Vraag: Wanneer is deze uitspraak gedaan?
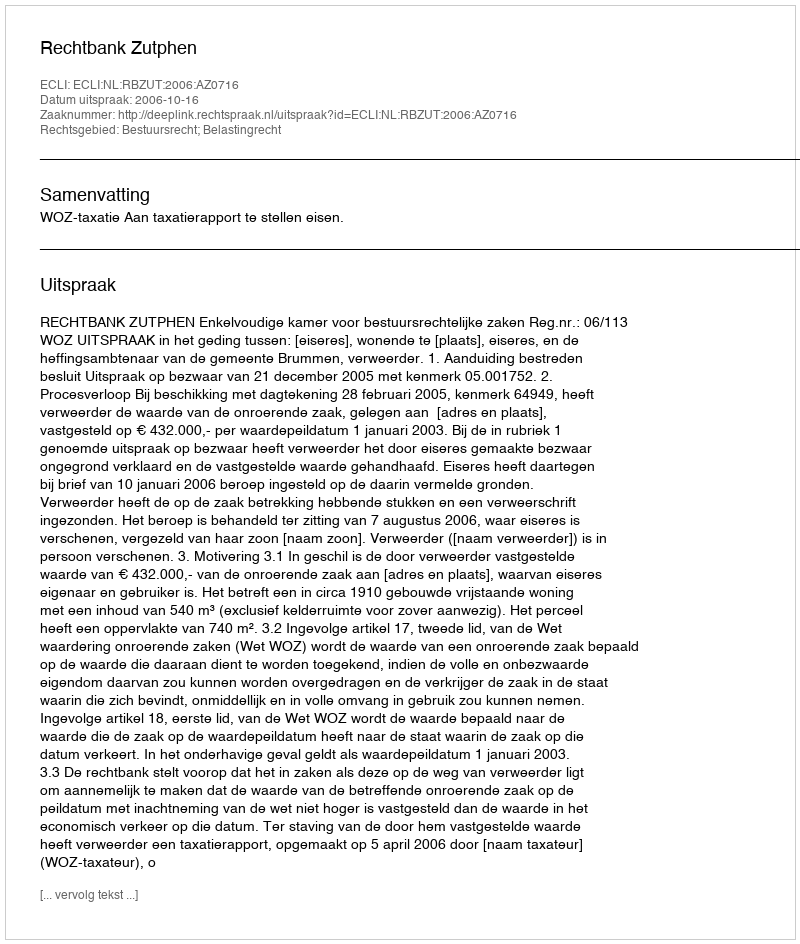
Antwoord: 2006-10-16